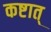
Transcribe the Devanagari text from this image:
कष्टात्